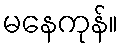
မနေကုန်။